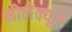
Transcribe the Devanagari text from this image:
मोलेक्यूल